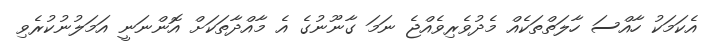
އެކަމަކު ހާއްސަ ހާލަތްތަކެއް މެދުވެރިވެއްޖެ ނަމަ ގާނޫނުގެ އެ މާއްދާތަކަށް އޮންނަނީ އަމަލުނުކުރެވި